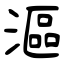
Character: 漚